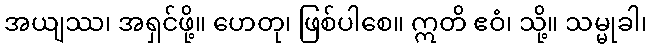
အယျဿ၊ အရှင်ဖို့။ ဟေတု၊ ဖြစ်ပါစေ။ ဣတိ ဧဝံ၊ သို့။ သမ္မုခါ၊